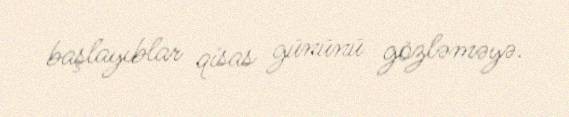
başlayıblar qisas gününü gözləməyə.